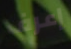
إعرف